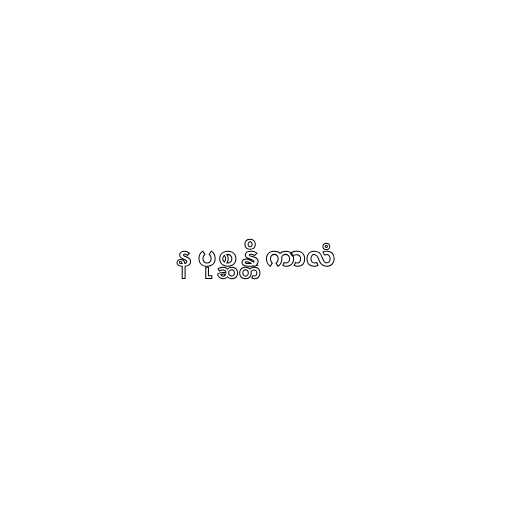
န ပုစ္ဆန္တိ ကာလံ